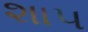
શા૫